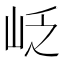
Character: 𡶉